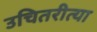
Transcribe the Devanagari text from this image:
उचितरीत्या